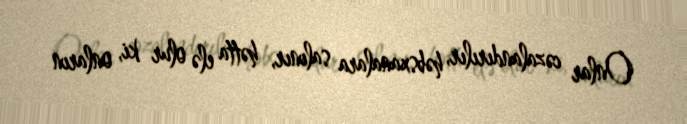
Onlar cəzalandırılır, həbsxanalara salınır, hətta elə olur ki, onların